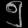
Digit: ၅